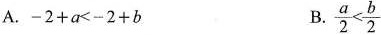
A.$$-2+a<-2+b$$ B.$$\frac{a}{2}< \frac{b}{2}$$